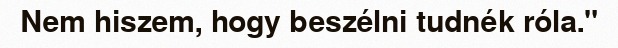
Nem hiszem, hogy beszélni tudnék róla."